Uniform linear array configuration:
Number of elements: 48
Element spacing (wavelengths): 0.5
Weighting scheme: binomial
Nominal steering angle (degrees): -60
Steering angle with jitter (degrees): -61.68
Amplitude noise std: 0.05
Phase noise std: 0.05

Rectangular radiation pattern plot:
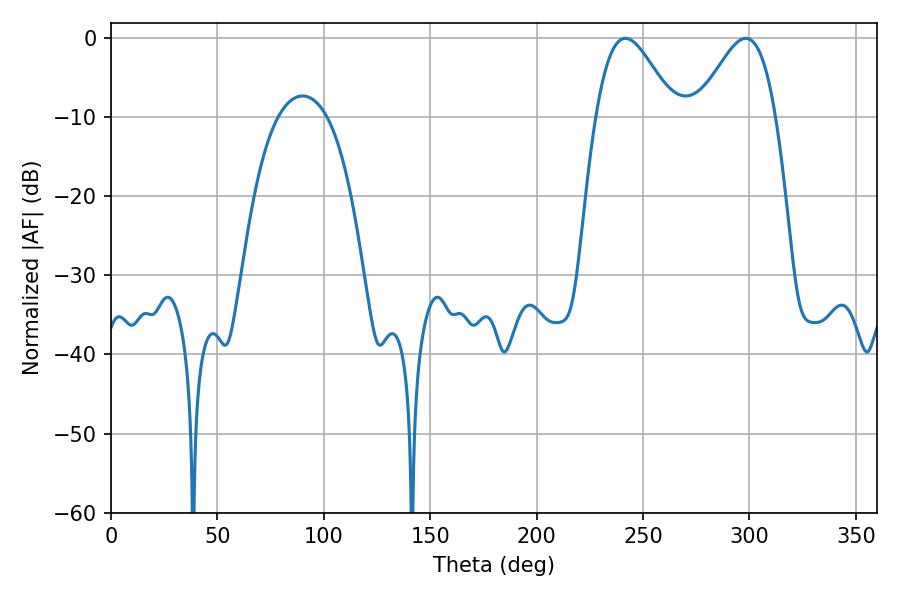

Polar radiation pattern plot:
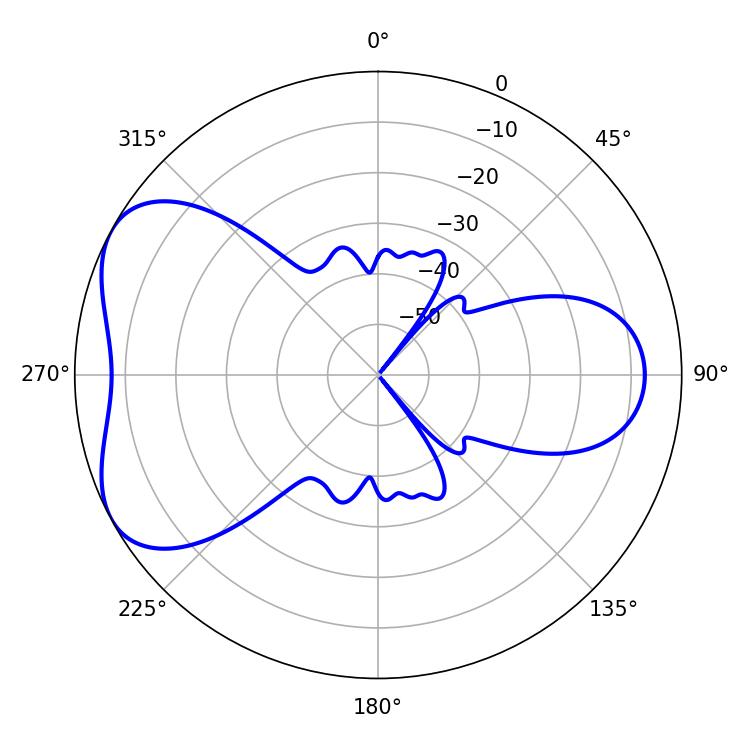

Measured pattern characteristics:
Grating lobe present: FALSE
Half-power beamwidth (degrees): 19.44
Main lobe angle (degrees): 241.74